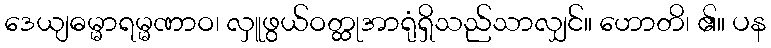
ဒေယျဓမ္မာရမ္မဏာဝ၊ လှူဖွယ်ဝတ္ထုအာရုံရှိသည်သာလျှင်။ ဟောတိ၊ ၏။ ပန